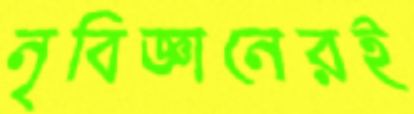
নৃবিজ্ঞানেরই